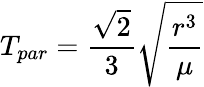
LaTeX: T_{par}={\frac{\sqrt{2}}{3}}{\sqrt{\frac{r^{3}}{\mu}}}